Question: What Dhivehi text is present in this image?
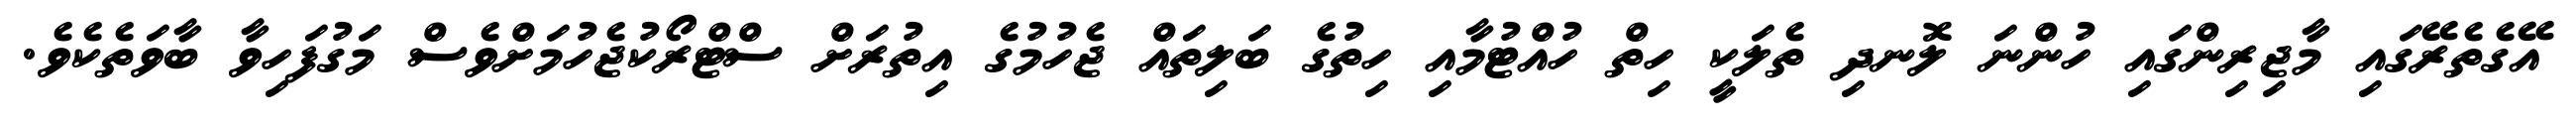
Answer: އޭގެތެރޭގައި މާޖިރިންގައި ހުންނަ ލޮނދި ތެލަކީ ހިތް ހުއްޓުމާއި ހިތުގެ ބަލިތައް ޖެހުމުގެ އިތުރަށް ސްޓްރޯކުޖެހުމަށްވެސް މަގުފަހިވާ ބާވަތެކެވެ.